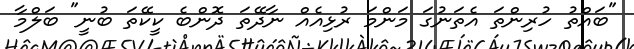
"ބައްތު ހުރިންތަ އެތަނުގަ މަންމަ ރުޅިއެއް ނާދޭތަ ދޮންބެ ކީކޭތަ ބުނީ" ބަލްމާ